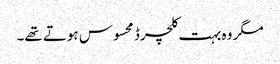
مگر وہ بہت کلچرڈ محسوس ہوتے تھے۔